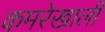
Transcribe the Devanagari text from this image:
कमरेखाली